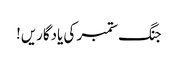
جنگ ستمبر کی یادگاریں!